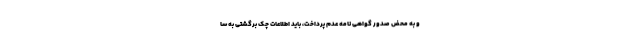
و به محض صدور گواهی نامه عدم پرداخت، باید اطلاعات چک برگشتی به سا